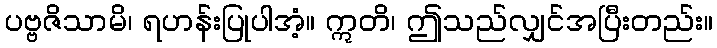
ပဗ္ဗဇိသာမိ၊ ရဟန်းပြုပါအံ့။ ဣတိ၊ ဤသည်လျှင်အပြီးတည်း။